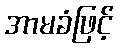
အာမခံဖြင့်